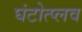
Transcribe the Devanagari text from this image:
घंटोत्प्लव